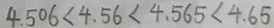
4 . 5 0 6 < 4 . 5 6 < 4 . 5 6 5 < 4 . 6 5